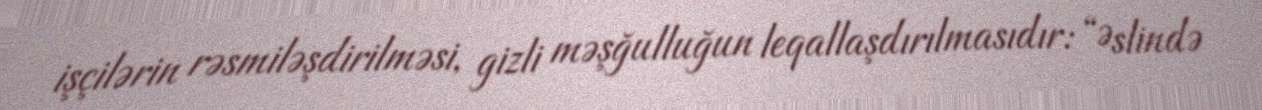
işçilərin rəsmiləşdirilməsi, gizli məşğulluğun leqallaşdırılmasıdır: “Əslində